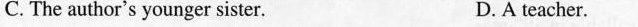
C. The author's younger sister. D. A teacher.